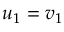
u _ { 1 } = v _ { 1 }